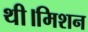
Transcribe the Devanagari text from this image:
थी।मिशन